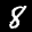
Label: 8